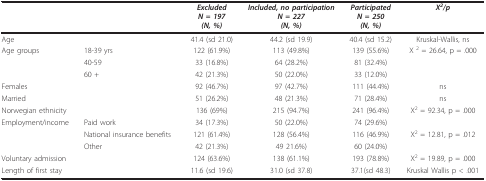
<table><thead><tr><td></td><td></td><td><b><i>Excluded</i><i>N = 197</i><i>(N, %)</i></b></td><td><b><i>Included, no participation</i><i>N = 227</i><i>(N, %)</i></b></td><td><b><i>Participated</i><i>N = 250</i><i>(N, %)</i></b></td><td><b><i>X<sup>2</sup>/p</i></b></td></tr></thead><tbody><tr><td colspan="2">Age</td><td>41.4 (sd 21.0)</td><td>44.2 (sd 19.9)</td><td>40.4 (sd 15.2)</td><td>Kruskal-Wallis, ns</td></tr><tr><td>Age groups</td><td>18-39 yrs</td><td>122 (61.9%)</td><td>113 (49.8%)</td><td>139 (55.6%)</td><td>X <sup>2 </sup>= 26.64, p = .000</td></tr><tr><td></td><td>40-59</td><td>33 (16.8%)</td><td>64 (28.2%)</td><td>81 (32.4%)</td><td></td></tr><tr><td></td><td>60 +</td><td>42 (21.3%)</td><td>50 (22.0%)</td><td>33 (12.0%)</td><td></td></tr><tr><td>Females</td><td></td><td>92 (46.7%)</td><td>97 (42.7%)</td><td>111 (44.4%)</td><td>ns</td></tr><tr><td>Married</td><td></td><td>51 (26.2%)</td><td>48 (21.3%)</td><td>71 (28.4%)</td><td>ns</td></tr><tr><td>Norwegian ethnicity</td><td></td><td>136 (69%)</td><td>215 (94.7%)</td><td>241 (96.4%)</td><td>X<sup>2 </sup>= 92.34, p = .000</td></tr><tr><td>Employment/income</td><td>Paid work</td><td>34 (17.3%)</td><td>50 (22.0%)</td><td>74 (29.6%)</td><td></td></tr><tr><td></td><td>National insurance benefits</td><td>121 (61.4%)</td><td>128 (56.4%)</td><td>116 (46.9%)</td><td>X<sup>2 </sup>= 12.81, p = .012</td></tr><tr><td></td><td>Other</td><td>42 (21.3%)</td><td>49 21.6%)</td><td>60 (24.0%)</td><td></td></tr><tr><td>Voluntary admission</td><td></td><td>124 (63.6%)</td><td>138 (61.1%)</td><td>193 (78.8%)</td><td>X<sup>2 </sup>= 19.89, p = .000</td></tr><tr><td>Length of first stay</td><td></td><td>11.6 (sd 19.6)</td><td>31.0 (sd 37.8)</td><td>37.1(sd 48.3)</td><td>Kruskal Wallis p &lt; .001</td></tr></tbody></table>